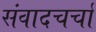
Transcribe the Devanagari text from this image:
संवादचर्चा